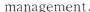
management.